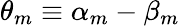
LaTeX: \theta_{m}\equiv\alpha_{m}-\beta_{m}